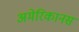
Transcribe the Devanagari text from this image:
अमेरिकानस